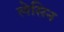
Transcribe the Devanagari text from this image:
लेसिन